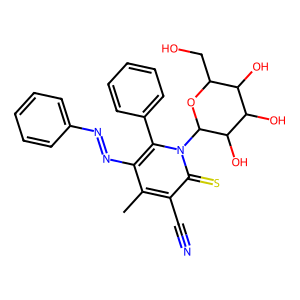
SMILES: Cc1c(N=Nc2ccccc2)c(-c2ccccc2)n(C2OC(CO)C(O)C(O)C2O)c(=S)c1C#N
Inhibits HIV replication: No